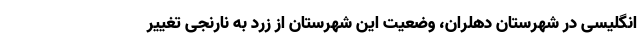
انگلیسی در شهرستان دهلران، وضعیت این شهرستان از زرد به نارنجی تغییر